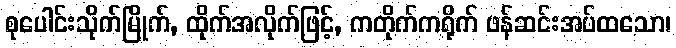
စုပေါင်းသိုက်မြိုက်, ထိုက်အလိုက်ဖြင့်, ကတိုက်ကရိုက် ဖန်ဆင်းအပ်ထသော၊